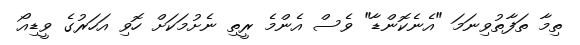
ތިމާ ތަފާތުވިނަމަ "އެނެކޮންޑާ" ވެސް އެންމެ ރީތި ނެށުމަކަށް ހޮވި އަހަރުގެ ވީޑިއޯ